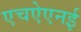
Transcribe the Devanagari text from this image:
एचऐएनई